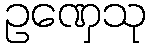
ဥဏှေသု